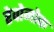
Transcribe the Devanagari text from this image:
रेवोनोक